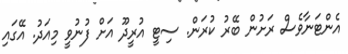
އެންޓަނާވެސް ރަށުން ބޭރު ކުރަން. ސިޓީ އުރީދޫ އަށް ފުނުވީ މިއަދު. އޭގައި